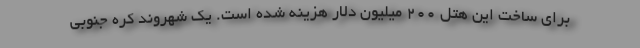
برای ساخت این هتل ۲۰۰ میلیون دلار هزینه شده است. یک شهروند کره جنوبی